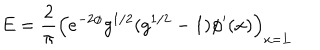
LaTeX: E = { \frac { 2 } { \pi } } \left( e ^ { - 2 \phi } g ^ { 1 / 2 } ( g ^ { 1 / 2 } - 1 ) \phi ^ { \prime } ( x ) \right) _ { x = L }